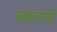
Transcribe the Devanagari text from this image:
बच्चादानी